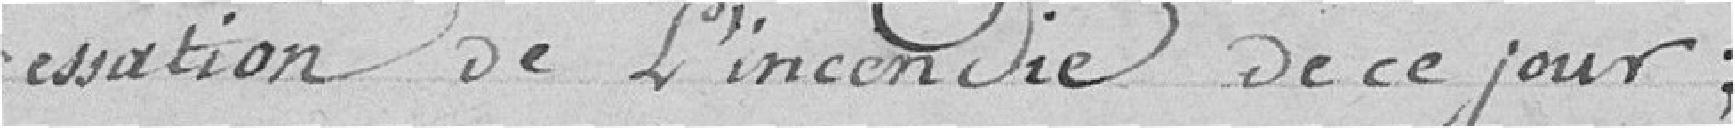
cessation de l'incendie de ce jour :